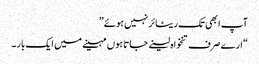
آپ ابھی تک ریٹائر نہیں ہوئے”
“ارے صرف تنخواہ لینے جاتا ہوں مہینے میں ایک بار ۔